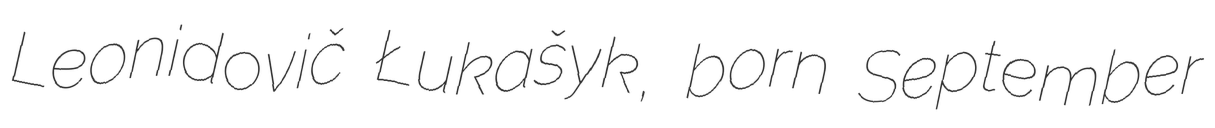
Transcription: Leonidovič Łukašyk, born September